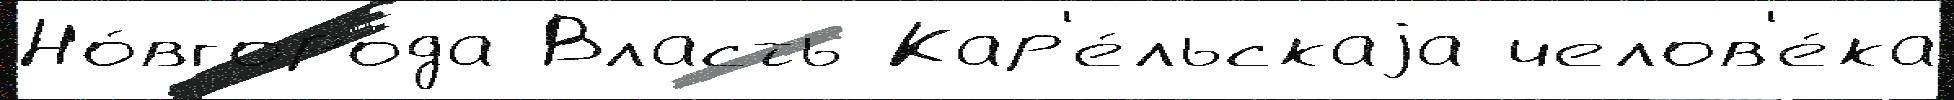
Но́вгорода Власть Кар'е́льскаjа челов'е́ка